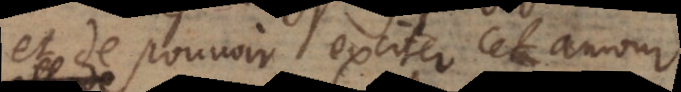
et de pouvoir exciter cet amour